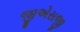
જીએસજી